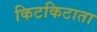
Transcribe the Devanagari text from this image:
किटकिटाता